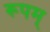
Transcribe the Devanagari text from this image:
रूपम्‌